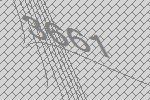
3661